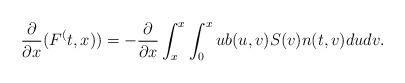
LaTeX: \begin{align*}\frac{\partial}{\partial x} (F^(t,x)) = - \frac{\partial}{\partial x} \int_{x}^{x_{}} \int_0^x u b(u,v) S(v) n(t,v) du dv.\end{align*}